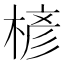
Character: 楌